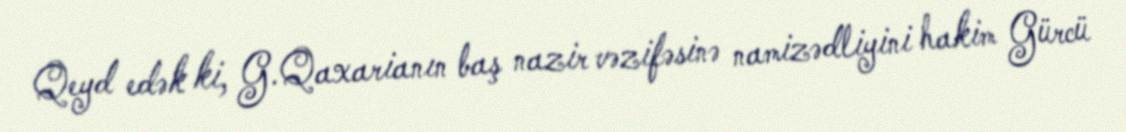
Qeyd edək ki, G.Qaxarianın baş nazir vəzifəsinə namizədliyini hakim Gürcü